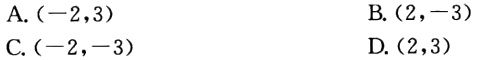
A. \((-2,3)\)
B. \((2,-3)\)
C. \((-2,-3)\)
D. \((2,3)\)